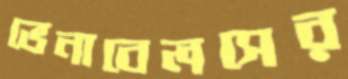
ভেনাবেলসের